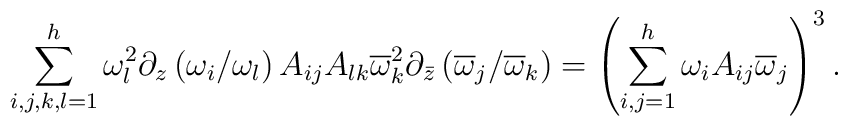
{\sum_{i,j,k,l=1}^h\omega_l^2\partial_z\left({\omega_{i}/\omega_l}\right)A_{ij}A_{lk}\overline\omega_k^2\partial_{\bar z}\left({\overline\omega_j/\overline\omega_k}\right)}=\left(\sum_{i,j=1}^h\omega_iA_{ij}\overline\omega_j\right)^3.